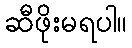
ဆီဖိုးမရပါ။